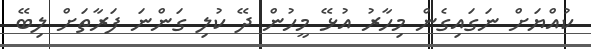
ކުއްޔަށް ނަގައިގެން މިހާރު އުޅޭ މީހުން ދޭ ކުލި ގަންނަ ފަރާތަށް ލިބޭ